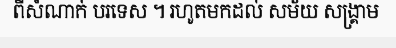
ពីសំណាក់ បរទេស ។ រហូតមកដល់ សម័យ សង្គ្រាម